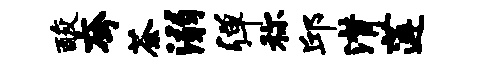
酸夸荼溺弹称邱潸莲